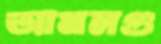
আমলগু